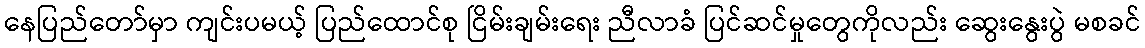
နေပြည်တော်မှာ ကျင်းပမယ့် ပြည်ထောင်စု ငြိမ်းချမ်းရေး ညီလာခံ ပြင်ဆင်မှုတွေကိုလည်း ဆွေးနွေးပွဲ မစခင်